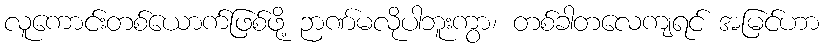
လူကောင်းတစ်ယောက်ဖြစ်ဖို့ ဉာဏ်မလိုပါဘူးကွာ၊ တစ်ခါတလေကျရင် အမြင်ဟာ